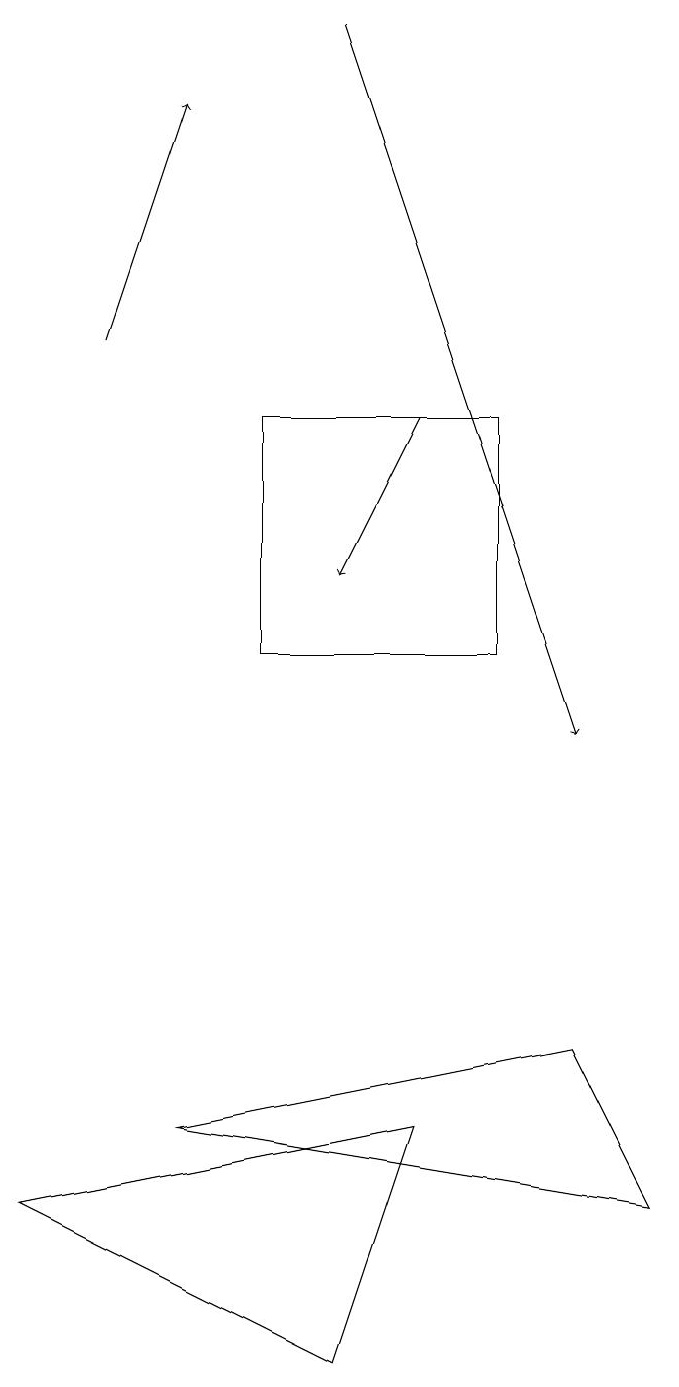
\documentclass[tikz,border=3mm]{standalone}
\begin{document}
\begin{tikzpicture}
\draw (6,5) -- (5,2) -- (1,4) -- cycle;
\draw[->] (5,19) -- (8,10);
\draw (3,5) -- (8,6) -- (9,4) -- cycle;
\draw[->] (2,15) -- (3,18);
\draw[->] (6,14) -- (5,12);
\draw (4,11) rectangle (7,14);
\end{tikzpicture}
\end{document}